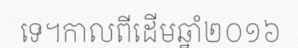
ទេ។កាលពីដើមឆ្នាំ២០១៦